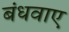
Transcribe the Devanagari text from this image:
बंधवाए